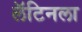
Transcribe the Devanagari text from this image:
लॅटिनला